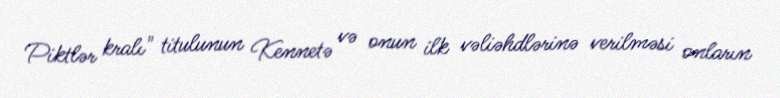
Piktlər kralı" titulunun Kennetə və onun ilk vəliəhdlərinə verilməsi onların